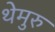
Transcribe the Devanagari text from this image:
थेमुरु